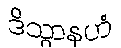
ဒိသွာနဟံ